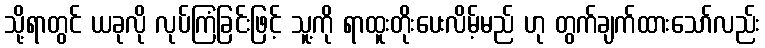
သို့ရာတွင် ယခုလို လုပ်ကြံခြင်းဖြင့် သူ့ကို ရာထူးတိုးပေးလိမ့်မည် ဟု တွက်ချက်ထားသော်လည်း